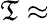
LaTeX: \mathfrak{T}\approx